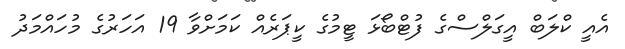
އެއީ ކްލަބް އީގަލްސްގެ ފުޓްބޯޅަ ޓީމުގެ ކީޕަރެއް ކަމަށްވާ 19 އަހަރުގެ މުހައްމަދު